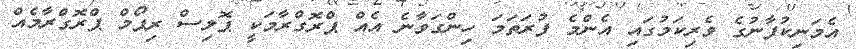
އެމަނިކުފާނުގެ ވެރިކަމުގައި އެންމެ ފުރަތަމަ ހިންގަވާނެ އެއް ޕްރޮގްރާމަކީ ޕޮލިސް ރިފޯމް ޕްރޮގްރާމެއް